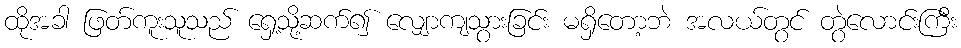
ထိုအခါ ဖြတ်ကူးသူသည် ရှေ့သို့ဆက်၍ လျှောကျသွားခြင်း မရှိတော့ဘဲ အလယ်တွင် တွဲလောင်းကြီး